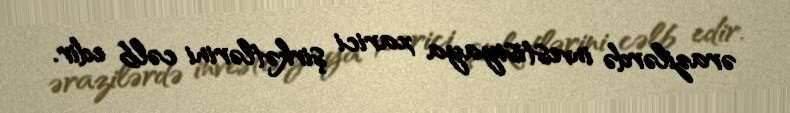
ərazilərdə investisiyaya xarici şirkətlərini cəlb edir.